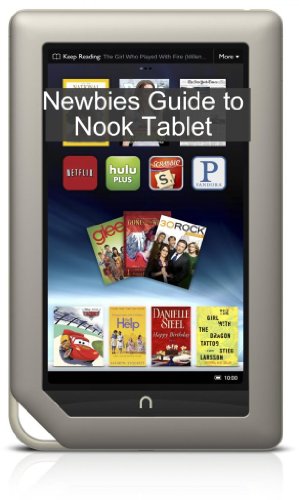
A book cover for A Newbies Guide to NOOK Tablet: The Beginners Guide Doing Everything from Hacking and Rooting to Finding Free Books and Emailing; Minute Help Guides; Computers & Technology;